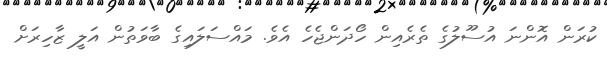
ކުރަން އޮންނަ އުސޫލުގެ ތެރެއިން ހޯދަންޖެހެ އެވެ. މައްސަލައިގެ ބާވަތުން އަލީ ޒާހިރަށް